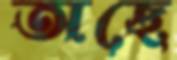
অছে